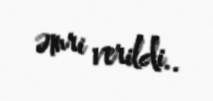
əmri verildi..